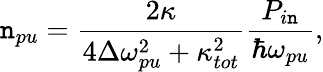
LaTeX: \mathtt{n}_{pu}=\frac{{2\kappa}}{{4\Delta\omega_{pu}^{2}+\kappa_{tot}^{2}}}\frac{{P_{i\mathtt{n}}}}{{\hbar\omega_{pu}}},